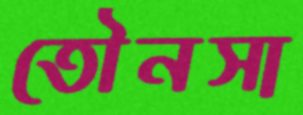
তৌনসা